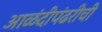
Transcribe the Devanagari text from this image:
आळंदीपंढरीची